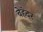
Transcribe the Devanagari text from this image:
बेहंदर